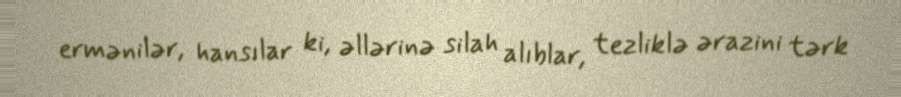
ermənilər, hansılar ki, əllərinə silah alıblar, tezliklə ərazini tərk